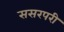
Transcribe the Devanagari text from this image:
ससरपरी